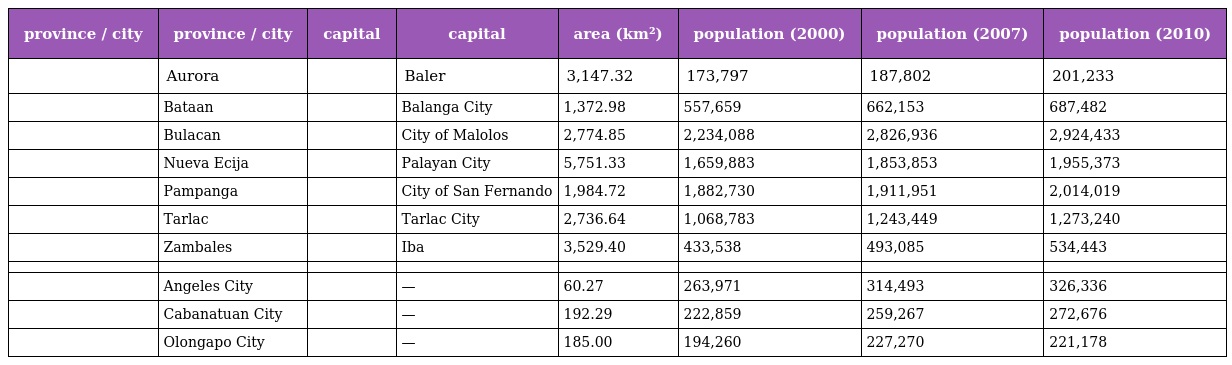
| province / city | province / city | capital | capital | area (km²) | population (2000) | population (2007) | population (2010) |
 | --- | --- | --- | --- | --- | --- | --- | --- |
 |  | Aurora |  | Baler | 3,147.32 | 173,797 | 187,802 | 201,233 |
 |  | Bataan |  | Balanga City | 1,372.98 | 557,659 | 662,153 | 687,482 |
 |  | Bulacan |  | City of Malolos | 2,774.85 | 2,234,088 | 2,826,936 | 2,924,433 |
 |  | Nueva Ecija |  | Palayan City | 5,751.33 | 1,659,883 | 1,853,853 | 1,955,373 |
 |  | Pampanga |  | City of San Fernando | 1,984.72 | 1,882,730 | 1,911,951 | 2,014,019 |
 |  | Tarlac |  | Tarlac City | 2,736.64 | 1,068,783 | 1,243,449 | 1,273,240 |
 |  | Zambales |  | Iba | 3,529.40 | 433,538 | 493,085 | 534,443 |
 |  |  |  |  |  |  |  |  |
 |  | Angeles City |  | — | 60.27 | 263,971 | 314,493 | 326,336 |
 |  | Cabanatuan City |  | — | 192.29 | 222,859 | 259,267 | 272,676 |
 |  | Olongapo City |  | — | 185.00 | 194,260 | 227,270 | 221,178 |